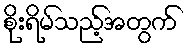
စိုးရိမ်သည့်အတွက်